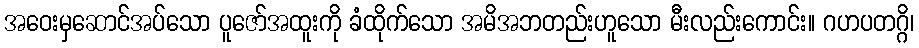
အဝေးမှဆောင်အပ်သော ပူဇော်အထူးကို ခံထိုက်သော အမိအဘတည်းဟူသော မီးလည်းကောင်း။ ဂဟပတဂ္ဂိ၊